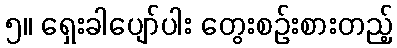
၅။ ရှေးခါပျော်ပါး တွေးစဉ်းစားတည့်